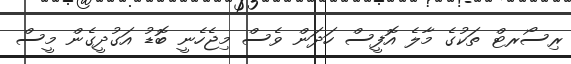
ރިސޯރޓް ތަކުގެ މާލެ އޮފީސް ހަދަން ވެސް މިޖެހެނީ ބޮޑު އަގުދީގެން މީސް